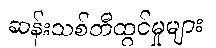
ဆန်းသစ်တီထွင်မှုများ